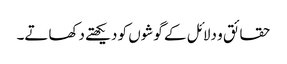
حقائق و دلائل کے گوشوں کو دیکھتے دکھاتے۔